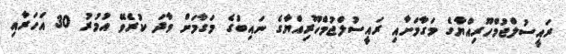
ރައީސުލްޖުމްހޫރިއްޔާގެ މަގާމަށާއި ރައީސުލްޖުމްހޫރިއްޔާގެ ނައިބުގެ މަގާމަށް ވާދަ ކުރެވޭ އުމުރު 30 އަހަރާއި